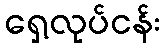
ရှေ့လုပ်ငန်း